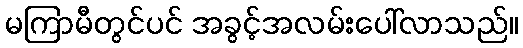
မကြာမီတွင်ပင် အခွင့်အလမ်းပေါ်လာသည်။